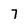
Character: 7